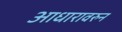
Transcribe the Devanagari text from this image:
आधारावरुन